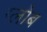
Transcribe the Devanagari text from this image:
ग्‍लोब